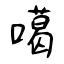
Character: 噶